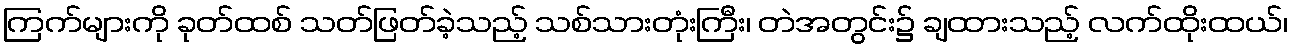
ကြက်များကို ခုတ်ထစ် သတ်ဖြတ်ခဲ့သည့် သစ်သားတုံးကြီး၊ တဲအတွင်း၌ ချထားသည့် လက်ထိုးထယ်၊